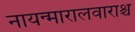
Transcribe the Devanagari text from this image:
नायन्मारालवाराश्च